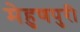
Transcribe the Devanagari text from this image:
मेहुणपुरी